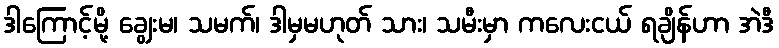
ဒါကြောင့်မို့ ချွေးမ၊ သမက်၊ ဒါမှမဟုတ် သား၊ သမီးမှာ ကလေးငယ် ရချိန်ဟာ အဲဒီ